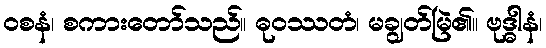
ဝစနံ၊ စကားတော်သည်။ ဓုဝဿတံ၊ မချွတ်မြဲ၏။ ဗုဒ္ဓါနံ၊